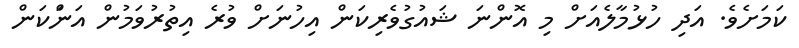
ކަމަށެވެ. އަދި ހުޅުމާލެއަށް މި އޮންނަ ޝައުގުވެރިކަން އިހުނަށް ވުރެ އިތުރުވަމުން އަންަކަން